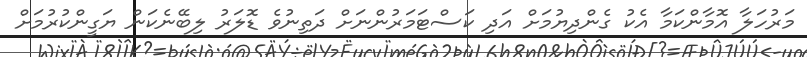
މަރުހަލާ އޮމާންކަމާ އެކު ގެންދިޔުމަށް އަދި ކަސްޓަމަރުންނަށް ދަތިނުވެ ޑޮލަރު ލިބޭނެކަން ޔަގީންކުރުމަށް